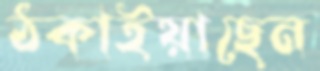
ঠকাইয়াছেন